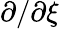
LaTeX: \partial/\partial\xi